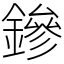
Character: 鏒